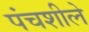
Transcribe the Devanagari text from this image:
पंचशीले